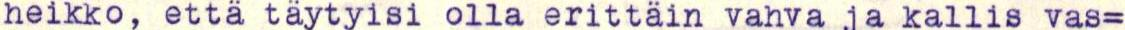
heikko, että täytyisi olla erittäin vahva ja kallis vas=